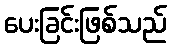
ပေးခြင်းဖြစ်သည်